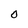
Character: 0